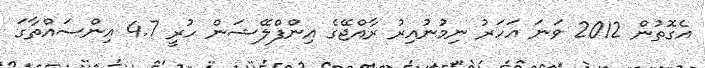
އެގޮތުން 2012 ވަނަ އަހަރު ނިމުނުއިރު ރާއްޖޭގެ އިންފްލޭޝަން ހުރީ 4.7 އިންސައްތާގަ